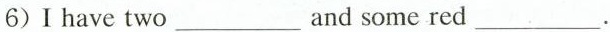
6) I have two ___ and some red ___.